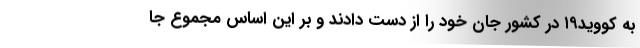
به کووید۱۹ در کشور جان خود را از دست دادند و بر این اساس مجموع جا